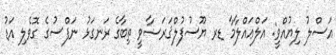
އަސްލު ލިޔުއްވީ: އަލްޢައްލާމާ ޑރ ޔޫސުފުލްޤަރަޟާވީ ތިބާގެ ރަނގަޅު ނަފްސުގެ ގޮވެލި އަޑު